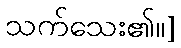
သက်သေး၏။]